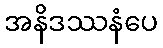
အနိဒဿနံပေ